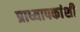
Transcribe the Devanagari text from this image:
प्राध्यापकांशी